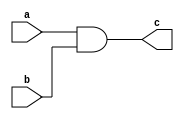
module top(
  a,
  b,
  c);

input wire a;
input wire b;
output wire c;

assign c = a & b;

endmodule